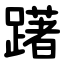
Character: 躇